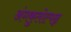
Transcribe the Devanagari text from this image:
अंगकुलोत्पन्न